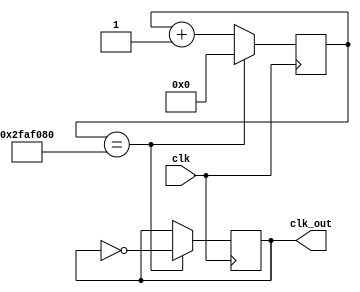

module Divisor_de_Frecuencia(

input clk,
output reg clk_out);
 
reg [25:0] cuenta;

initial cuenta<=26'd0;
initial clk_out<=1'd0;

always @(posedge clk )begin
	if(cuenta==26'd50000000)begin
       cuenta=26'd0;
       clk_out=~clk_out;end
   else begin
       cuenta=cuenta+26'd1;end
end		 
endmodule